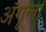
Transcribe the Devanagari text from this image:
अँगूली